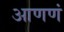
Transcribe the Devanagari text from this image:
आणणं